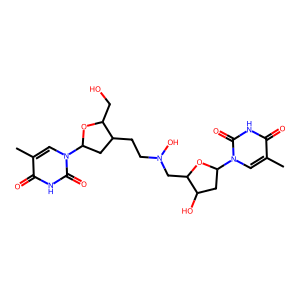
SMILES: Cc1cn(C2CC(O)C(CN(O)CCC3CC(n4cc(C)c(=O)[nH]c4=O)OC3CO)O2)c(=O)[nH]c1=O
Inhibits HIV replication: No